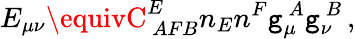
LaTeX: E_{\mu\nu}\equivC_{~AFB}^{E}n_{E}n^{F}\mathtt{g}_{\mu}^{~A}\mathtt{g}_{\nu}^{~B}\, ,